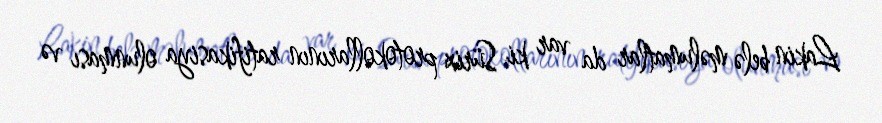
Lakin belə məlumatlar da var ki, Sürix protokollarının ratifikasiya olunması və